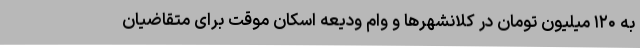
به ۱۲۰ میلیون تومان در کلانشهرها و وام ودیعه اسکان موقت برای متقاضیان